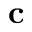
\mathbf { c }